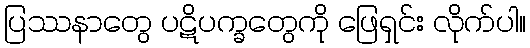
ပြဿနာတွေ ပဋိပက္ခတွေကို ဖြေရှင်း လိုက်ပါ။